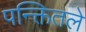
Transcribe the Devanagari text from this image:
पन्क्तितले